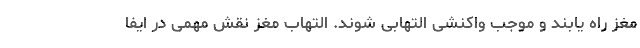
مغز راه یابند و موجب واکنشی التهابی شوند. التهاب مغز نقش مهمی در ایفا